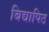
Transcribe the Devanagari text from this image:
बिद्यापिठ